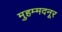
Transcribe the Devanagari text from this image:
मुहम्मदनूर